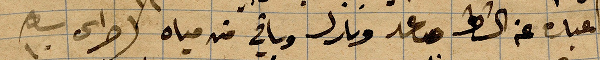
... عن الشط رعد وبرق وباقي من مياه حراي ...